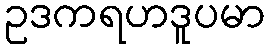
ဥဒကရဟဒူပမာ